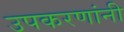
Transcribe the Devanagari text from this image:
उपकरणांनी